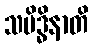
သမိဒ္ဓိနာတိ